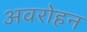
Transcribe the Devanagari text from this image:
अवरोहन